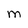
Character: M